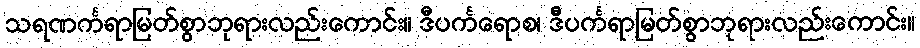
သရဏင်္ကရာမြတ်စွာဘုရားလည်းကောင်း။ ဒီပင်္ကရောစ၊ ဒီပင်္ကရာမြတ်စွာဘုရားလည်းကောင်း။